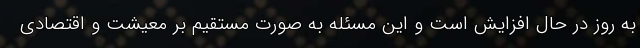
به روز در حال افزایش است و این مسئله به صورت مستقیم بر معیشت و اقتصادی